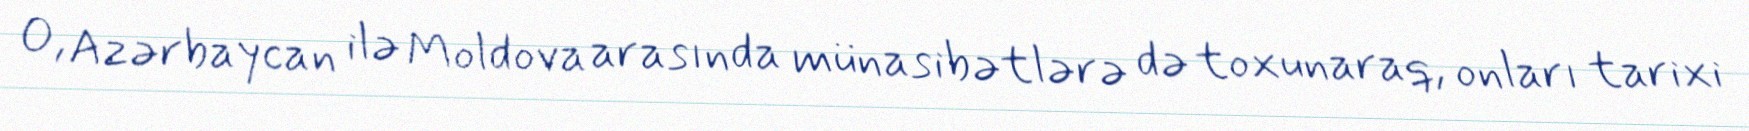
O, Azərbaycan ilə Moldova arasında münasibətlərə də toxunaraq, onları tarixi